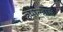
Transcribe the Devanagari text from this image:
हर्षोल्हास